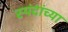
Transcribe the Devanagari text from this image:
स्पंदांच्या